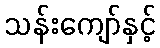
သန်းကျော်နှင့်